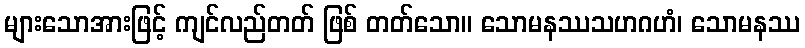
များသောအားဖြင့် ကျင်လည်တတ် ဖြစ် တတ်သော။ သောမနဿသဟဂဟံ၊ သောမနဿ